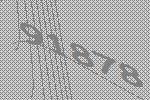
91878